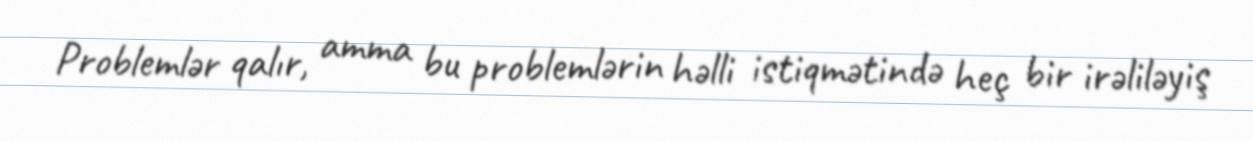
Problemlər qalır, amma bu problemlərin həlli istiqmətində heç bir irəliləyiş